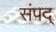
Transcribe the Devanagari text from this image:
संपद्